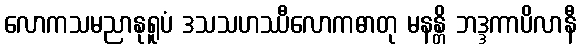
လောကသမညာနုရူပံ ဒသသဟဿီလောကဓာတု မနန္တိ ဘဒ္ဒကာပိလာနီ